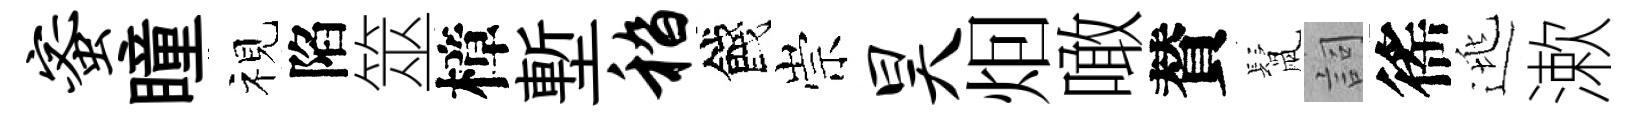
蜜瞳视陷筮樟塹嵇餞崇昊𤇆噉賛鬛詞徭逃漱